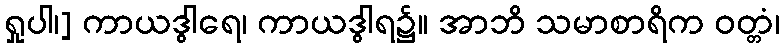
ရှုပါ၊] ကာယဒွါရေ၊ ကာယဒွါရ၌။ အာဘိ သမာစာရိက ဝတ္တံ၊